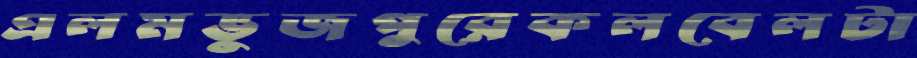
এলমভুজপুরেকলবেলটা